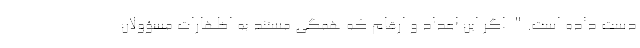
دست داده است." اگر این اعداد و ارقام که همگی مستند به اظهارات مسؤولان